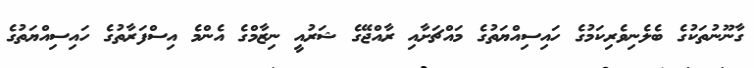
ގާނޫނުތަކުގެ ބެލެނިވެރިކަމުގެ ހައިސިއްޔަތުގެ މައްޗަށާއި ރާއްޖޭގެ ޝަރުއީ ނިޒާމްގެ އެންމެ އިސްފަރާތުގެ ހައިސިއްޔަތުގެ